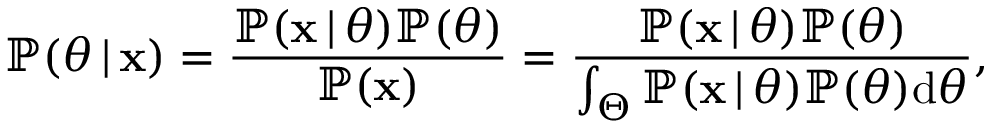
\mathbb { P } ( \theta \, | \, \mathbf { x } ) = \frac { \mathbb { P } ( \mathbf { x } \, | \, \theta ) \mathbb { P } ( \theta ) } { \mathbb { P } ( \mathbf { x } ) } = \frac { \mathbb { P } ( \mathbf { x } \, | \, \theta ) \mathbb { P } ( \theta ) } { \int _ { \Theta } \mathbb { P } ( \mathbf { x } \, | \, \theta ) \mathbb { P } ( \theta ) \mathrm { d } \theta } ,